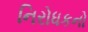
નિરોધકનો